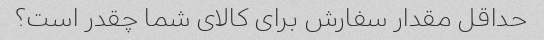
حداقل مقدار سفارش برای کالای شما چقدر است؟